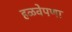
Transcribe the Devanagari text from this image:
हळवेपणा